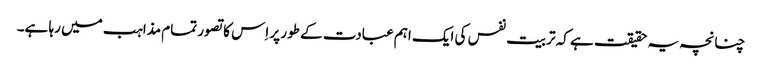
چنانچہ یہ حقیقت ہے کہ تربیت نفس کی ایک اہم عبادت کے طور پر اِس کا تصور تمام مذاہب میں رہا ہے۔